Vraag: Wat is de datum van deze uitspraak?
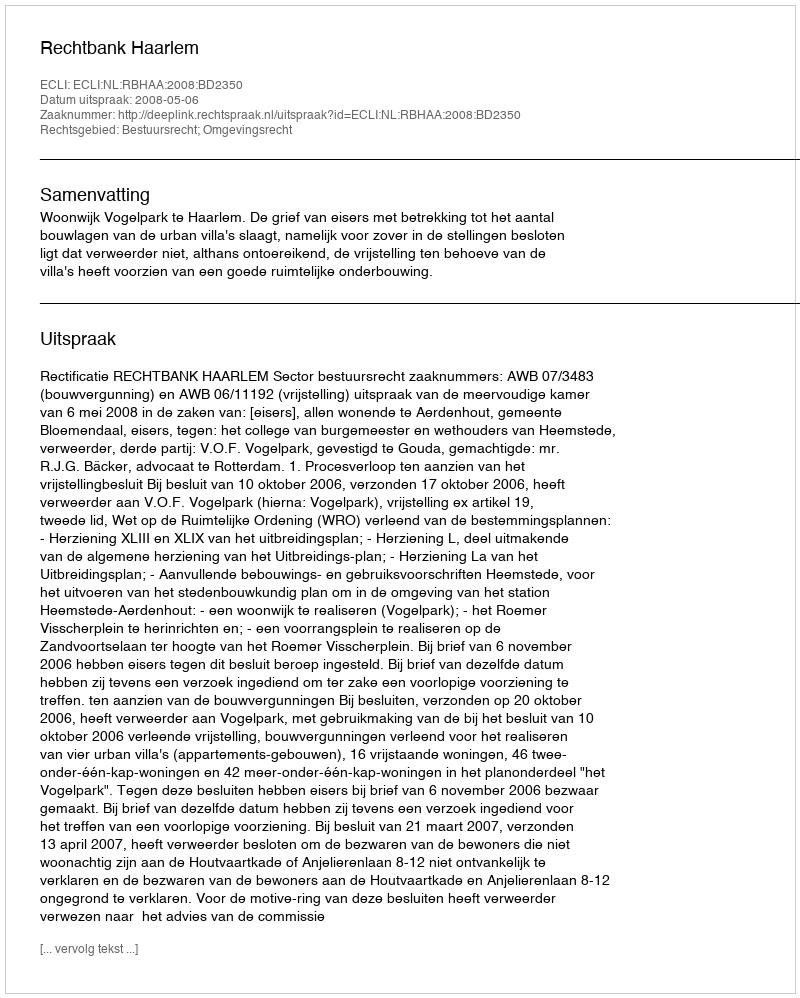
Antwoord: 2008-05-06